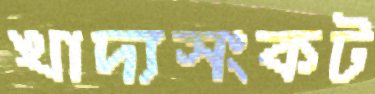
খাদ্যসংকট